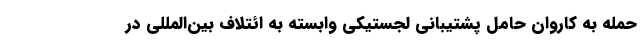
حمله به کاروان حامل پشتیبانی لجستیکی وابسته به ائتلاف بین‌المللی در